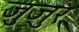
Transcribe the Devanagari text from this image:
जुज़ुर